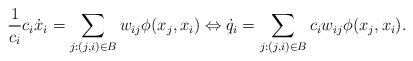
LaTeX: \begin{align*}\frac{1}{c_i}c_i\dot{x}_i=\sum_{j:(j,i)\in B} w_{ij}\phi(x_j,x_i)\Leftrightarrow\dot{q}_i=\sum_{j:(j,i)\in B} c_iw_{ij}\phi(x_j,x_i).\end{align*}